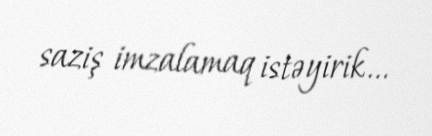
saziş imzalamaq istəyirik...